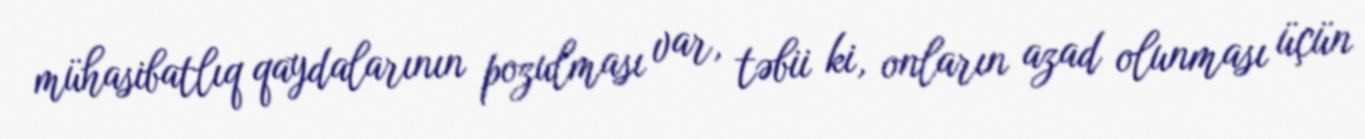
mühasibatlıq qaydalarının pozulması var, təbii ki, onların azad olunması üçün